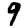
Digit: 9